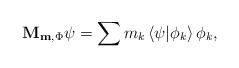
LaTeX: \begin{align*}\mathbf{M}_{\mathbf{m},\Phi}\psi=\displaystyle\sum m_{k}\left\langle \psi|\phi_{k} \right\rangle \phi_{k},\end{align*}